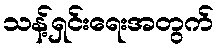
သန့်ရှင်းရေးအတွက်